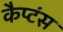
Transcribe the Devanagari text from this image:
कैप्‍टंस